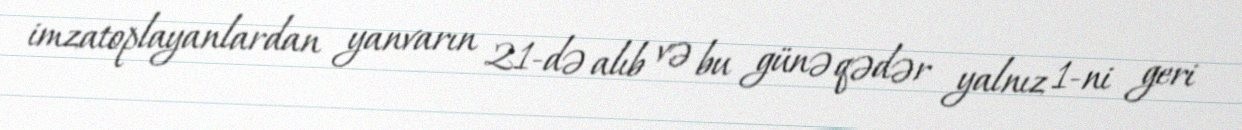
imzatoplayanlardan yanvarın 21-də alıb və bu günə qədər yalnız 1-ni geri